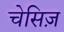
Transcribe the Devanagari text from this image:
चेसिज़